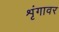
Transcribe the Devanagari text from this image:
शृंगावर